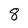
Character: 8